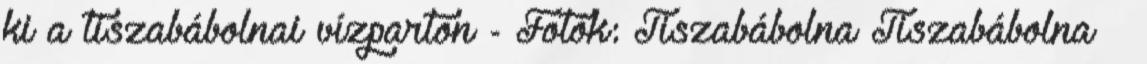
ki a tiszabábolnai vízparton - Fotók: Tiszabábolna Tiszabábolna –